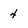
Character: 4